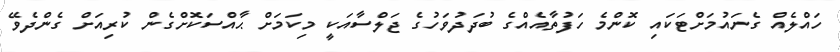
ހައްލެއް ގެނައުމަށްޓަކައި ކޮންމެ ހަފުތާއެއްގެ ބުދަދުވަހުގެ ޖަލްސާއަކީ މިކަމަށް ޙާއްސަކޮށްގެން ކުރިއަށް ގެންދެވޭ